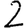
Digit: 2